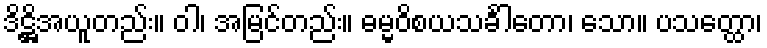
ဒိဋ္ဌိအယူတည်း။ ဝါ၊ အမြင်တည်း။ ဓမ္မဝိစယသင်္ခါတော၊ သော။ ပသတ္ထော၊